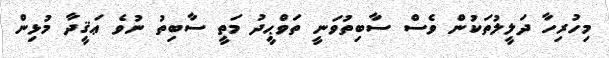
މިހުރިހާ ދަލީލުތަކުން ވެސް ސާބިތުވަނީ ތަވްޙީދު މަތީ ސާބިތު ނުވެ ޢަޤީދާ މުޅިން